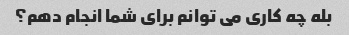
بله چه کاری می توانم برای شما انجام دهم؟